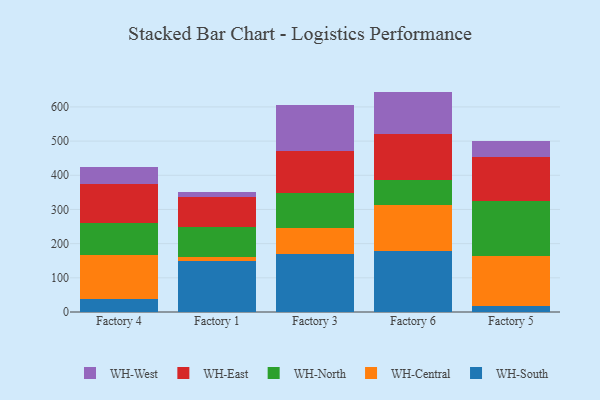
{"axis": {"x": "Factory", "y": "Market Share (%)"}, "legend": ["WH-Central", "WH-East", "WH-North", "WH-South", "WH-West"], "data": [{"x": "Factory 4", "y": 38.5, "type": "WH-South"}, {"x": "Factory 4", "y": 128.0, "type": "WH-Central"}, {"x": "Factory 4", "y": 93.4, "type": "WH-North"}, {"x": "Factory 4", "y": 114.8, "type": "WH-East"}, {"x": "Factory 4", "y": 48.2, "type": "WH-West"}, {"x": "Factory 1", "y": 149.5, "type": "WH-South"}, {"x": "Factory 1", "y": 12.7, "type": "WH-Central"}, {"x": "Factory 1", "y": 87.1, "type": "WH-North"}, {"x": "Factory 1", "y": 86.0, "type": "WH-East"}, {"x": "Factory 1", "y": 17.2, "type": "WH-West"}, {"x": "Factory 3", "y": 169.2, "type": "WH-South"}, {"x": "Factory 3", "y": 77.5, "type": "WH-Central"}, {"x": "Factory 3", "y": 102.2, "type": "WH-North"}, {"x": "Factory 3", "y": 120.7, "type": "WH-East"}, {"x": "Factory 3", "y": 135.6, "type": "WH-West"}, {"x": "Factory 6", "y": 179.1, "type": "WH-South"}, {"x": "Factory 6", "y": 132.9, "type": "WH-Central"}, {"x": "Factory 6", "y": 74.1, "type": "WH-North"}, {"x": "Factory 6", "y": 133.7, "type": "WH-East"}, {"x": "Factory 6", "y": 125.0, "type": "WH-West"}, {"x": "Factory 5", "y": 16.6, "type": "WH-South"}, {"x": "Factory 5", "y": 148.2, "type": "WH-Central"}, {"x": "Factory 5", "y": 158.5, "type": "WH-North"}, {"x": "Factory 5", "y": 129.6, "type": "WH-East"}, {"x": "Factory 5", "y": 46.3, "type": "WH-West"}]}